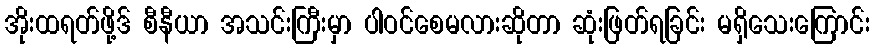
အိုးထရတ်ဖို့ဒ် စီနီယာ အသင်းကြီးမှာ ပါဝင်စေမလားဆိုတာ ဆုံးဖြတ်ရခြင်း မရှိသေးကြောင်း